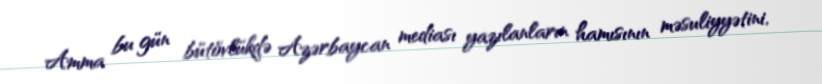
Amma bu gün bütövlükdə Azərbaycan mediası yazılanların hamısının məsuliyyətini,